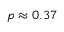
p \approx 0 . 3 7